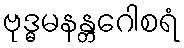
ဗုဒ္ဓမနန္တဂေါစရံ